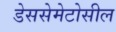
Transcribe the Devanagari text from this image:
डेससेमेटोसील